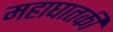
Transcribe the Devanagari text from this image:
महाघातकी